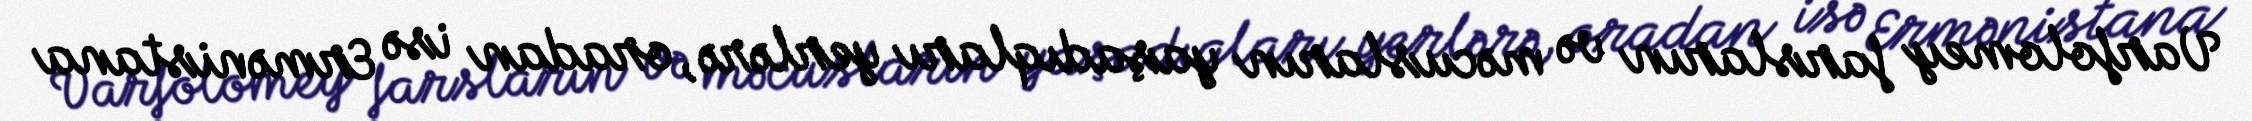
Varfolomey farsların və məcusların yaşadıqları yerlərə, oradan isə Ermənistana